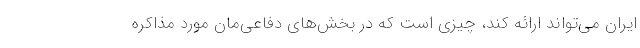
ایران می‌تواند ارائه کند، چیزی است که در بخش‌های دفاعی‌مان مورد مذاکره